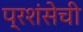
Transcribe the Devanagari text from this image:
प्रशंसेची